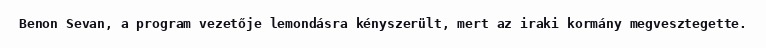
Benon Sevan, a program vezetője lemondásra kényszerült, mert az iraki kormány megvesztegette.